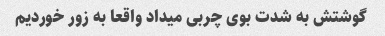
گوشتش به شدت بوی چربی میداد واقعا به زور خوردیم